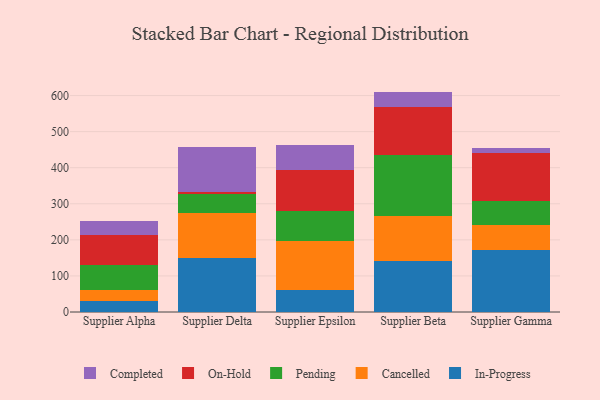
{"axis": {"x": "Supplier", "y": "Satisfaction Score"}, "legend": ["Cancelled", "Completed", "In-Progress", "On-Hold", "Pending"], "data": [{"x": "Supplier Alpha", "y": 30.7, "type": "In-Progress"}, {"x": "Supplier Alpha", "y": 30.8, "type": "Cancelled"}, {"x": "Supplier Alpha", "y": 69.1, "type": "Pending"}, {"x": "Supplier Alpha", "y": 83.7, "type": "On-Hold"}, {"x": "Supplier Alpha", "y": 36.8, "type": "Completed"}, {"x": "Supplier Delta", "y": 149.0, "type": "In-Progress"}, {"x": "Supplier Delta", "y": 126.8, "type": "Cancelled"}, {"x": "Supplier Delta", "y": 50.1, "type": "Pending"}, {"x": "Supplier Delta", "y": 6.2, "type": "On-Hold"}, {"x": "Supplier Delta", "y": 124.4, "type": "Completed"}, {"x": "Supplier Epsilon", "y": 60.0, "type": "In-Progress"}, {"x": "Supplier Epsilon", "y": 137.5, "type": "Cancelled"}, {"x": "Supplier Epsilon", "y": 83.3, "type": "Pending"}, {"x": "Supplier Epsilon", "y": 113.2, "type": "On-Hold"}, {"x": "Supplier Epsilon", "y": 68.7, "type": "Completed"}, {"x": "Supplier Beta", "y": 141.8, "type": "In-Progress"}, {"x": "Supplier Beta", "y": 125.7, "type": "Cancelled"}, {"x": "Supplier Beta", "y": 166.7, "type": "Pending"}, {"x": "Supplier Beta", "y": 134.3, "type": "On-Hold"}, {"x": "Supplier Beta", "y": 42.5, "type": "Completed"}, {"x": "Supplier Gamma", "y": 170.8, "type": "In-Progress"}, {"x": "Supplier Gamma", "y": 70.0, "type": "Cancelled"}, {"x": "Supplier Gamma", "y": 65.9, "type": "Pending"}, {"x": "Supplier Gamma", "y": 133.6, "type": "On-Hold"}, {"x": "Supplier Gamma", "y": 15.7, "type": "Completed"}]}